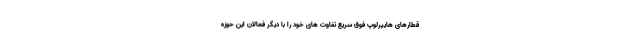
قطارهای هایپرلوپ فوق سریع تفاوت های خود را با دیگر فعالان این حوزه